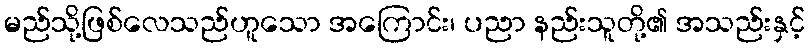
မည်သို့ဖြစ်လေသည်ဟူသော အကြောင်း၊ ပညာ နည်းသူတို့၏ အသည်းနှင့်